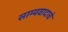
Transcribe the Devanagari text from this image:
साम्यवादाचे